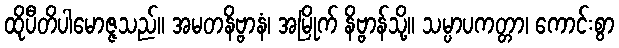
ထိုပီတိပါမောဇ္ဇသည်။ အမတနိဗ္ဗာနံ၊ အမြိုက် နိဗ္ဗာန်သို့။ သမ္ပာပကတ္တာ၊ ကောင်းစွာ